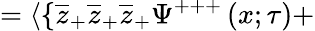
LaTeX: =\langle\{ \overline{{{z}}}_{+}\overline{{{z}}}_{+}\overline{{{z}}}_{+}\Psi^{+++}\left(x;\tau\right)+